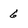
Character: 6